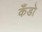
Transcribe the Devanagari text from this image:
कँडो